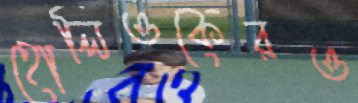
হোলিওকেরও